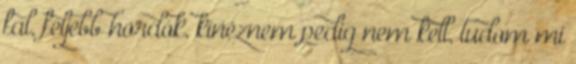
fal, feljebb hordók, kinéznem pedig nem kell, tudom mi